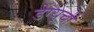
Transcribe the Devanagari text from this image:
डेंग्यूची